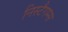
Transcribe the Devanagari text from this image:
निस्टैगम्स